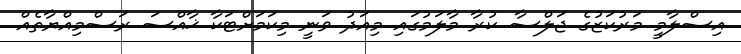
އިސްލާމީ މަރުކަޒުގެ ޖަލްސާ ކުރާ މާލަމުގައި މިއަދު ވަނީ މިކަމަށްޓަކާ ޚާއްސަ ރަސްމިއްޔާތެއް